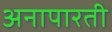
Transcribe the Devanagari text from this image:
अनापारती